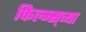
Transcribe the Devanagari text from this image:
फिल्म्स्‌च्या